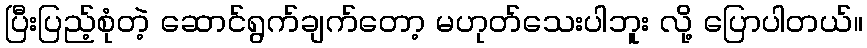
ပြီးပြည့်စုံတဲ့ ဆောင်ရွက်ချက်တော့ မဟုတ်သေးပါဘူး လို့ ပြောပါတယ်။